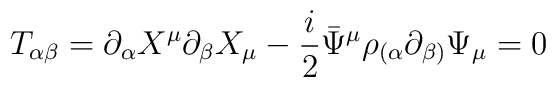
T_{\alpha\beta}=\partial_{\alpha}X^{\mu }\partial_{\beta}X_{\mu }- \frac{i}{2}\bar{\Psi}^{\mu}\rho_{(\alpha}\partial_{\beta )}\Psi_{\mu}=0